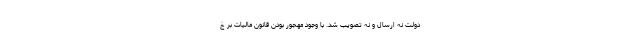
دولت نه ارسال و نه تصویب شد. با وجود مهجور بودن قانون مالیات بر خ